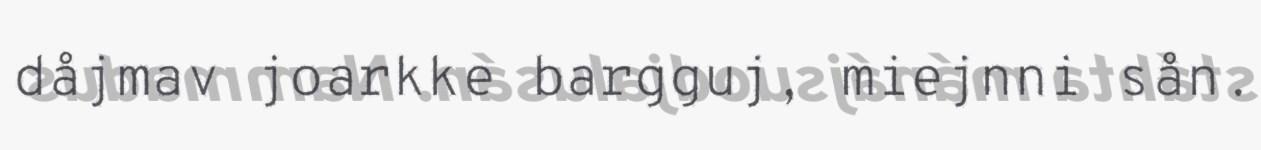
dåjmav joarkke bargguj, miejnni sån.